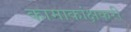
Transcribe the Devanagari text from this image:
कामाकांक्षकरी